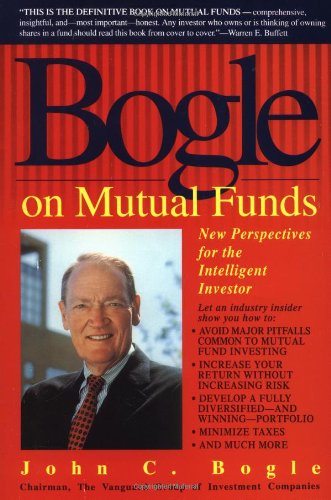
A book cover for Bogle on Mutual Funds: New Perspectives for the Intelligent Investor; John Bogle; Business & Money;